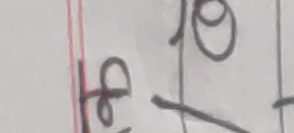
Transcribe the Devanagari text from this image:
८ १०